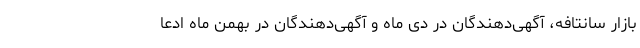
بازار سانتافه، آگهی‌دهندگان در دی ماه و آگهی‌دهندگان در بهمن ماه ادعا